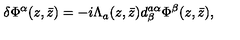
\delta \Phi ^ { \alpha } ( z , \bar { z } ) = - i \Lambda _ { a } ( z , \bar { z } ) d _ { \beta } ^ { a \alpha } \Phi ^ { \beta } ( z , \bar { z } ) ,